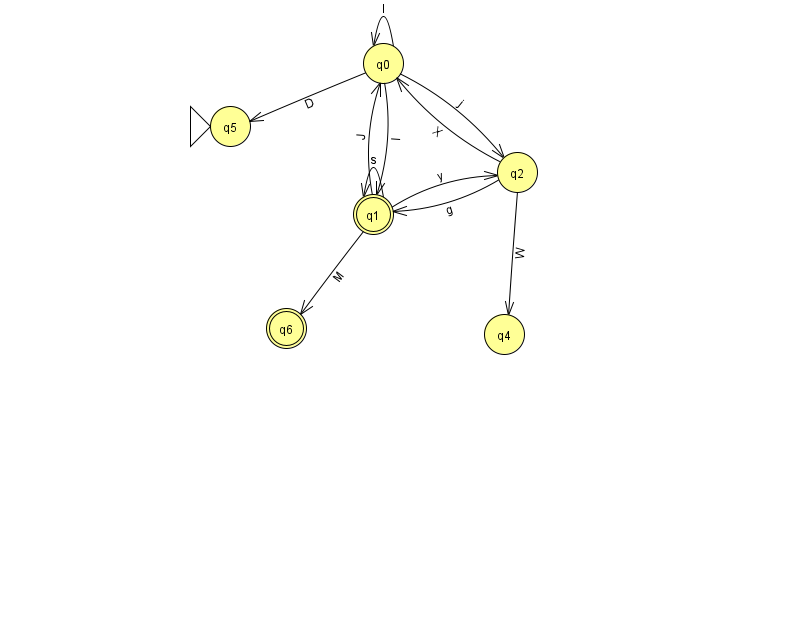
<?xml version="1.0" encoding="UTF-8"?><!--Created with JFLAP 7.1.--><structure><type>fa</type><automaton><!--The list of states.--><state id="0" name="q0"><x>383.0</x><y>50.0</y></state><state id="1" name="q1"><x>373.0</x><y>201.0</y><final/></state><state id="2" name="q2"><x>517.0</x><y>159.0</y></state><state id="4" name="q4"><x>504.0</x><y>321.0</y></state><state id="5" name="q5"><x>230.0</x><y>113.0</y><initial/></state><state id="6" name="q6"><x>286.0</x><y>315.0</y><final/></state><!--The list of transitions.--><transition><from>0</from><to>2</to><read>j</read></transition><transition><from>0</from><to>5</to><read>D</read></transition><transition><from>2</from><to>0</to><read>X</read></transition><transition><from>1</from><to>0</to><read>J</read></transition><transition><from>1</from><to>1</to><read>s</read></transition><transition><from>2</from><to>1</to><read>g</read></transition><transition><from>0</from><to>1</to><read>l</read></transition><transition><from>1</from><to>6</to><read>M</read></transition><transition><from>2</from><to>4</to><read>W</read></transition><transition><from>0</from><to>0</to><read>I</read></transition><transition><from>1</from><to>2</to><read>y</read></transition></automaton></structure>